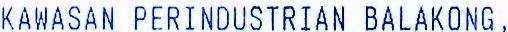
KAWASAN PERINDUSTRIAN BALAKONG,